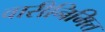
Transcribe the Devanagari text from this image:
वारीनिमित्त